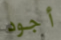
أجود